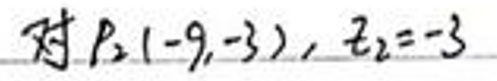
对\(B_2(-9,-3)\)，\(t_2 = -3\)